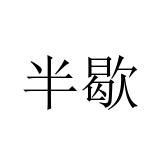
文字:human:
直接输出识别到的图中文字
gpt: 半歇